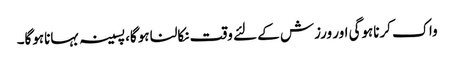
واک کرناہوگی اور ورزش کے لئے وقت نکالنا ہوگا، پسینہ بہاناہوگا۔